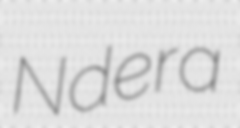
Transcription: Ndera